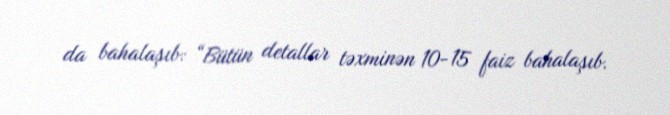
da bahalaşıb: “Bütün detallar təxminən 10-15 faiz bahalaşıb.